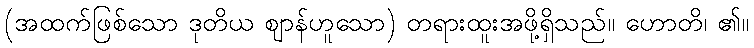
(အထက်ဖြစ်သော ဒုတိယ ဈာန်ဟူသော) တရားထူးအဖို့ရှိသည်။ ဟောတိ၊ ၏။